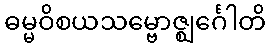
ဓမ္မဝိစယသမ္ဗောဇ္ဈင်္ဂေါတိ